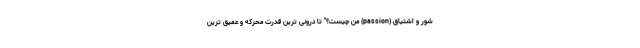
شور و اشتیاق (passion) من چیست؟" تا درونی ترین قدرت محرکه و عمیق ترین